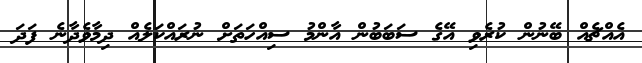
އެއްޗެއް ބޭނުން ކުރެވި އޭގެ ސަބަބުން އާންމު ސިއްހަތަށް ނުރައްކަލެއް ދިމާވެދާނެ ފަދަ